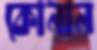
কোনান